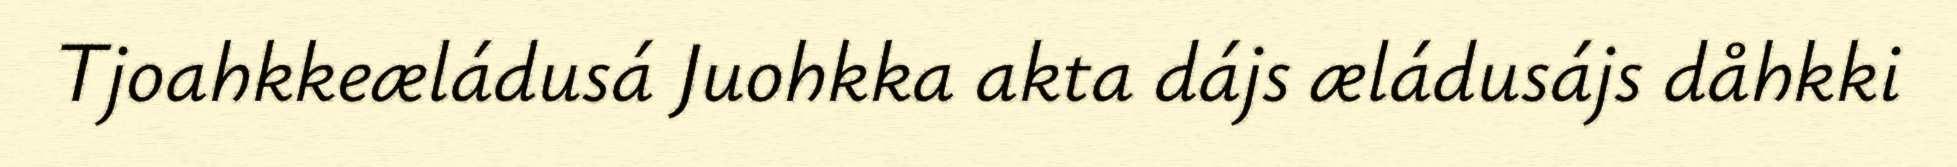
Tjoahkkeæládusá Juohkka akta dájs æládusájs dåhkki